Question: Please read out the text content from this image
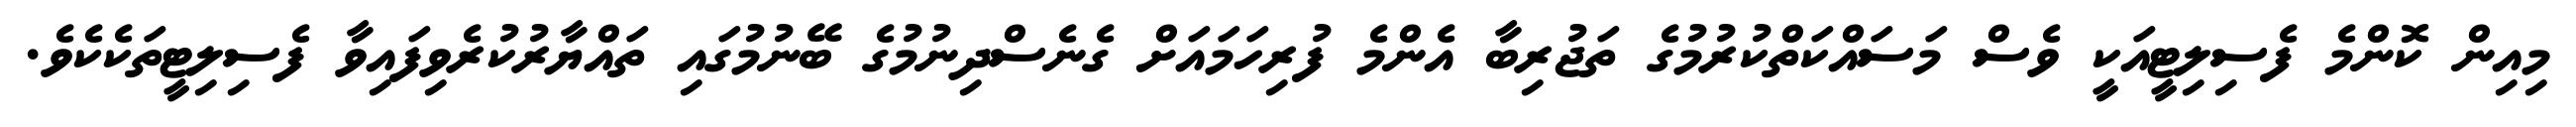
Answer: މިއިން ކޮންމެ ފެސިލިޓީއަކީ ވެސް މަސައްކަތްކުރުމުގެ ތަޖުރިބާ އެންމެ ފުރިހަމައަށް ގެނެސްދިނުމުގެ ބޭނުމުގައި ތައްޔާރުކުރެވިފައިވާ ފެސިލިޓީތަކެކެވެ.